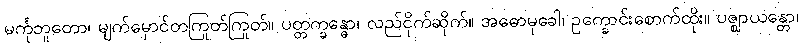
မင်္ကုဘူတော၊ မျက်မှောင်တကြုတ်ကြုတ်။ ပတ္တက္ခန္ဓော၊ လည်ငိုက်ဆိုက်။ အဓောမုခေါ၊ ဥက္ခောင်းစောက်ထိုး။ ပဇ္ဈာယန္တော၊